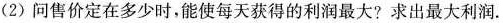
(2)问售价定在多少时，能使每天获得的利润最大?求出最大利润。